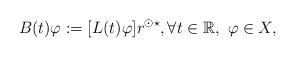
LaTeX: \begin{align*} B(t)\varphi := [L(t)\varphi]r^{\odot \star}, \forall t \in \mathbb{R}, \ \varphi \in X,\end{align*}